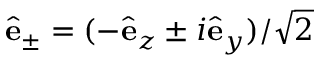
\hat { \bf e } _ { \pm } = ( - \hat { \bf e } _ { z } \pm i \hat { \bf e } _ { y } ) / \sqrt { 2 }